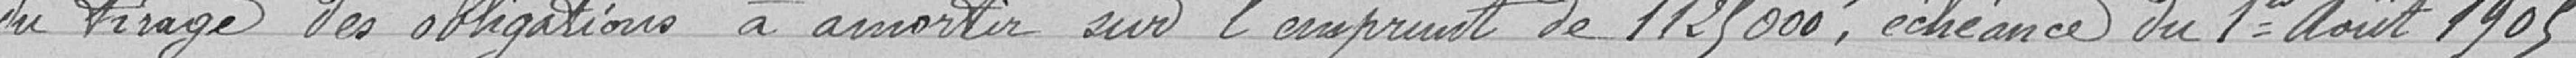
du tirage des obligations à amortir sur l'emprunt de 1 125 000 francs, échéance du 1er Février 1905